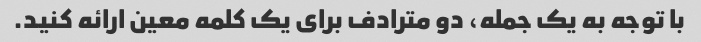
با توجه به یک جمله، دو مترادف برای یک کلمه معین ارائه کنید.